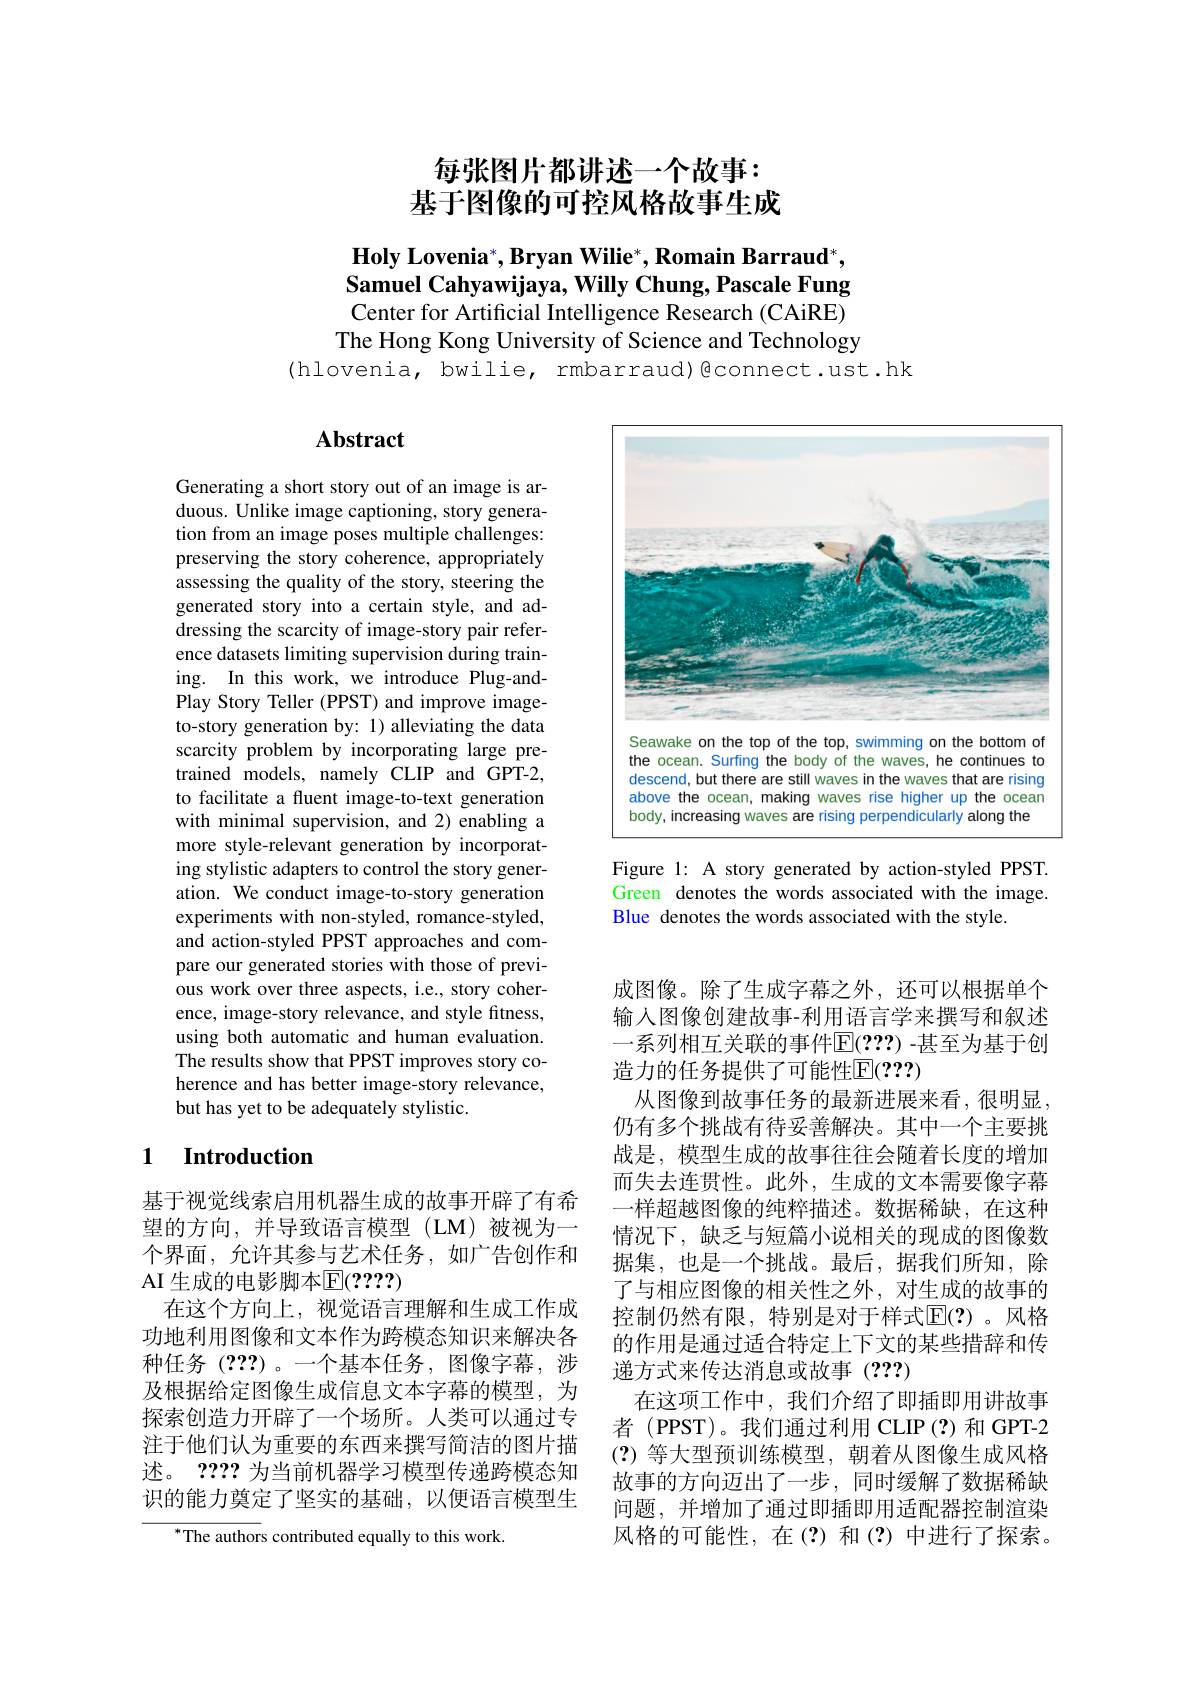
# 每张图片都讲述一个故事： 基于图像的可控风格故事生成

$\textbf{Holy Lovenia}^*,\textbf{Bryan Wilie}^*,\textbf{Romain Barraud}^*$, Samuel Cahyawijaya, Willy Chung, Pascale Fung

Center for Artificial Intelligence Research (CAiRE) The Hong Kong University of Science and Technology
(hlovenia, bwilie, rmbarraud)@connect.ust.hk

# Abstract

Generating a short story out of an image is arduous. Unlike image captioning, story generation from an image poses multiple challenges: preserving the story coherence, appropriately assessing the quality of the story, steering the generated story into a certain style, and addressing the scarcity of image-story pair reference datasets limiting supervision during training. In this work, we introduce Plug-andPlay Story Teller (PPST) and improve imageto-story generation by: 1) alleviating the data scarcity problem by incorporating large pretrained models, namely CLIP and GPT-2, to facilitate a fluent image-to-text generation with minimal supervision, and 2) enabling a more style-relevant generation by incorporating stylistic adapters to control the story generation. We conduct image-to-story generation experiments with non-styled, romance-styled, and action-styled PPST approaches and compare our generated stories with those of previous work over three aspects, i.e., story coherence, image-story relevance, and style fitness, using both automatic and human evaluation. The results show that PPST improves story coherence and has better image-story relevance, but has yet to be adequately stylistic.

### 1 $\textbf{Introduction}$

基于视觉线索启用机器生成的故事开辟了有希望的方向，并导致语言模型(LM)被视为一个界面，允许其参与艺术任务，如广告创作和$\operatorname{AI}$生成的电影脚本$\operatorname{E}(????)$
在这个方向上，视觉语言理解和生成工作成功地利用图像和文本作为跨模态知识来解决各种任务(???)。一个基本任务，图像字幕，涉及根据给定图像生成信息文本字幕的模型，为探索创造力开辟了一个场所。人类可以通过专注于他们认为重要的东西来撰写简洁的图片描述。2???为当前机器学习模型传递跨模态知识的能力奠定了坚实的基础，以便语言模型生

${^*\text{The authors contributed equally to this work}}$

<FigureHere>

Figure 1: A story generated by action-styled PPST. Green denotes the words associated with the image. Blue denotes the words associated with the style.

成图像。除了生成字幕之外，还可以根据单个输入图像创建故事-利用语言学来撰写和叙述一系列相互关联的事件$\mathbb{E}(???)$ -甚至为基于创造力的任务提供了可能性E(???)
从图像到故事任务的最新进展来看，很明显， 仍有多个挑战有待妥善解决。其中一个主要挑战是，模型生成的故事往往会随着长度的增加而失去连贯性。此外，生成的文本需要像字幕一样超越图像的纯粹描述。数据稀缺，在这种情况下，缺乏与短篇小说相关的现成的图像数据集，也是一个挑战。最后，据我们所知，除了与相应图像的相关性之外，对生成的故事的控制仍然有限，特别是对于样式$\mathbb{E}(?)$。风格的作用是通过适合特定上下文的某些措辞和传递方式来传达消息或故事(???)
在这项工作中，我们介绍了即插即用讲故事者 (PPST)。我们通过利用 CLIP (?)和 GPT-2 (?)等大型预训练模型，朝着从图像生成风格故事的方向迈出了一步，同时缓解了数据稀缺问题，并增加了通过即插即用适配器控制渲染风格的可能性，在(?)和(?)中进行了探索。